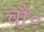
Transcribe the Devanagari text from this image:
चौ॰